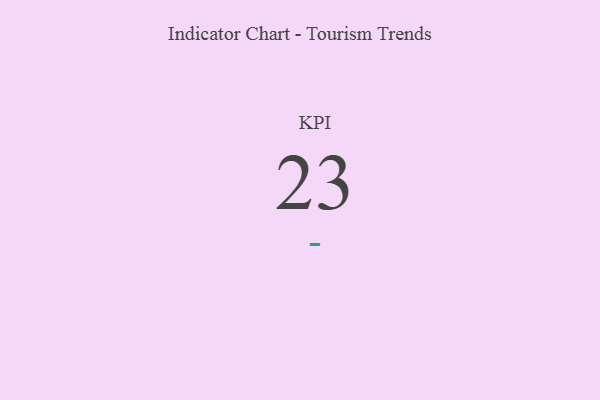
{"axis": {"x": "KPI", "y": "Value"}, "legend": [""], "data": [{"x": "KPI", "y": 23, "type": ""}]}